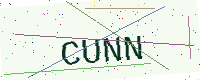
Text: CUNN